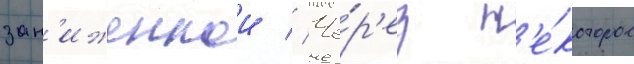
зан'иженнои // Че́р'ез н'е́которое